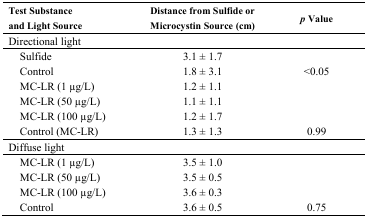
<table><thead><tr><td><b>Test Substance and Light Source</b></td><td><b>Distance from Sulfide or Microcystin Source (cm)</b></td><td><b><i>p</i> Value</b></td></tr></thead><tbody><tr><td>Directional light</td><td></td><td></td></tr><tr><td> Sulfide</td><td>3.1 ± 1.7</td><td></td></tr><tr><td> Control</td><td>1.8 ± 3.1</td><td>&lt;0.05</td></tr><tr><td> MC-LR (1 μg/L)</td><td>1.2 ± 1.1</td><td></td></tr><tr><td> MC-LR (50 μg/L)</td><td>1.1 ± 1.1</td><td></td></tr><tr><td> MC-LR (100 μg/L)</td><td>1.2 ± 1.7</td><td></td></tr><tr><td> Control (MC-LR)</td><td>1.3 ± 1.3</td><td>0.99</td></tr><tr><td>Diffuse light</td><td></td><td></td></tr><tr><td> MC-LR (1 μg/L)</td><td>3.5 ± 1.0</td><td></td></tr><tr><td> MC-LR (50 μg/L)</td><td>3.5 ± 0.5</td><td></td></tr><tr><td> MC-LR (100 μg/L)</td><td>3.6 ± 0.3</td><td></td></tr><tr><td> Control</td><td>3.6 ± 0.5</td><td>0.75</td></tr></tbody></table>